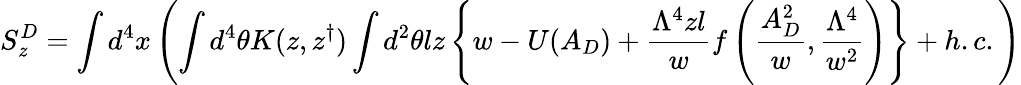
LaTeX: S_{z}^{D}=\int d^{4}x\left(\int d^{4}\theta K(z,z^{\dagger})\int d^{2}\theta lz\left\{ w-U(A_{D})+\frac{\Lambda^{4}zl}{w}f\left(\frac{A_{D}^{2}}{w},\frac{\Lambda^{4}}{w^{2}}\right)\right\} +h.c.\right)